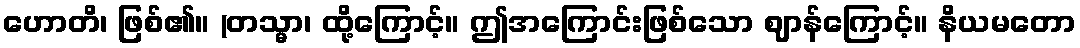
ဟောတိ၊ ဖြစ်၏။ (တသ္မာ၊ ထို့ကြောင့်။ ဤအကြောင်းဖြစ်သော ဈာန်ကြောင့်။ နိယမတော